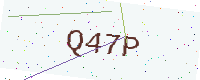
Text: Q47P